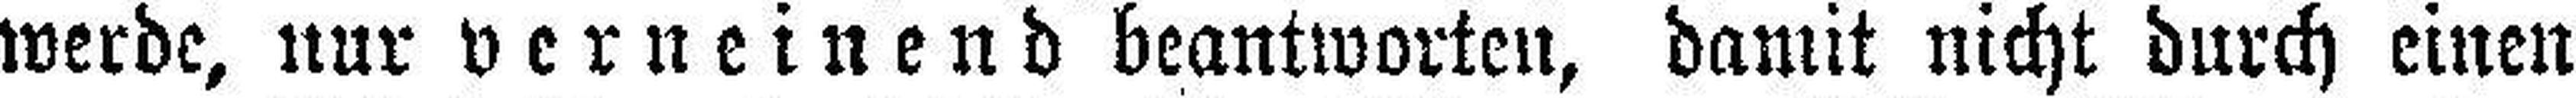
werde, nur verneinend beantworten, damit nicht durch einen